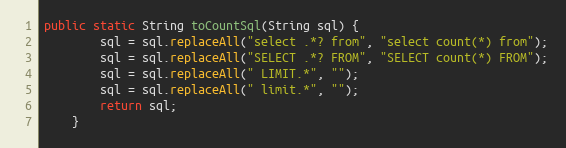
Language: Java
public static String toCountSql(String sql) {
		sql = sql.replaceAll("select .*? from", "select count(*) from");
		sql = sql.replaceAll("SELECT .*? FROM", "SELECT count(*) FROM");
		sql = sql.replaceAll(" LIMIT.*", "");
		sql = sql.replaceAll(" limit.*", "");
		return sql;
	}